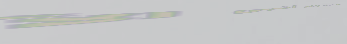
مطعم الفيصل يقدم أشهى الأ